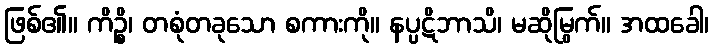
ဖြစ်၏။ ကိဉ္စိ၊ တစုံတခုသော စကားကို။ နပ္ပဋိဘာသိ၊ မဆိုမြွက်။ အထခေါ၊